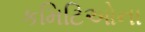
કમિટિઓના